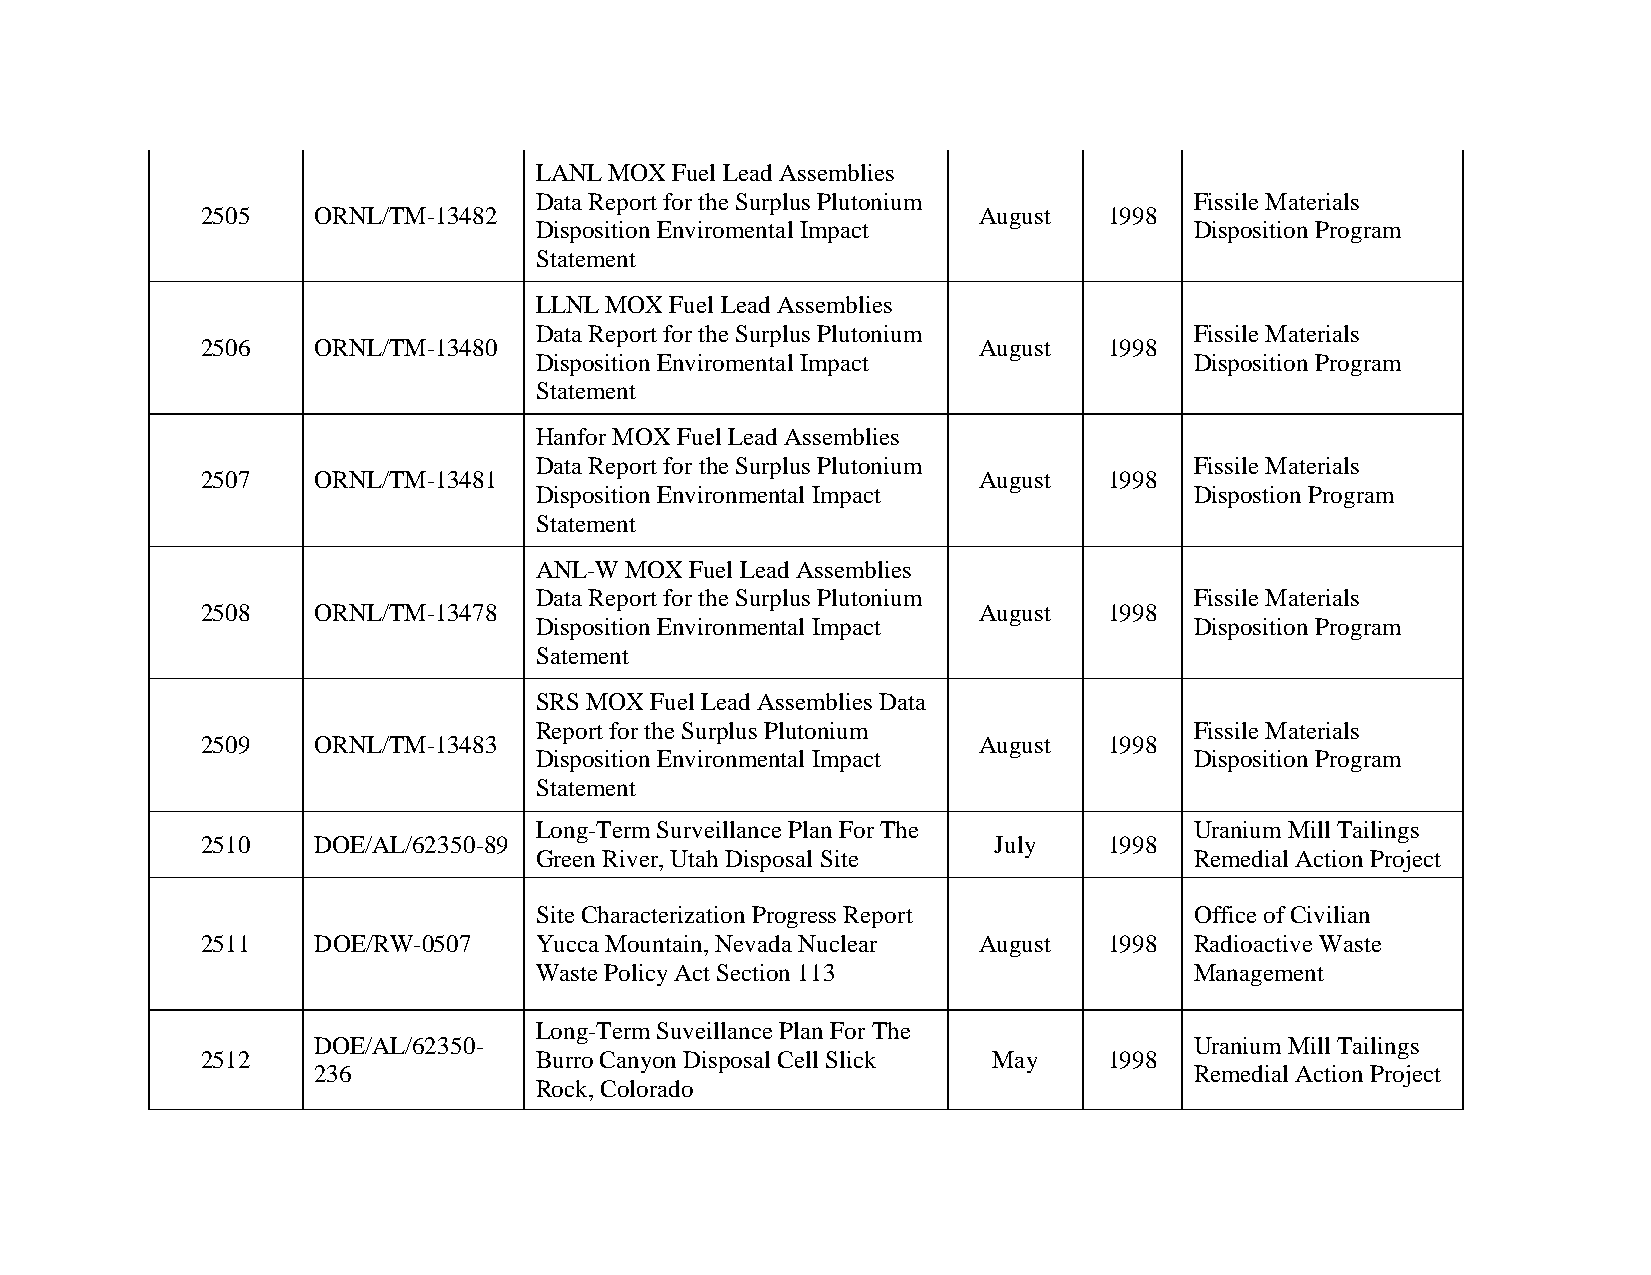
LANL MOX  Fuel Lead Assemblies
 Data Report for the Surplus Plutonium       Fissile Materials
 2505    ORNL/TM-13482                               August  1998
 Disposition Enviromental Impact             Disposition Program
 Statement
 LLNL MOX Fuel Lead Assemblies
 Data Report for the Surplus Plutonium       Fissile Materials
 2506    ORNL/TM-13480                               August  1998
 Disposition Enviromental Impact             Disposition Program
 Statement
 Hanfor MOX Fuel Lead Assemblies
 Data Report for the Surplus Plutonium       Fissile Materials
 2507    ORNL/TM-13481                               August  1998
 Disposition Environmental Impact            Dispostion Program
 Statement
 ANL-W MOX  Fuel Lead Assemblies
 Data Report for the Surplus Plutonium       Fissile Materials
 2508    ORNL/TM-13478                               August  1998
 Disposition Environmental Impact            Disposition Program
 Satement
 SRS MOX Fuel Lead Assemblies Data
 Report for the Surplus Plutonium            Fissile Materials
 2509    ORNL/TM-13483                               August  1998
 Disposition Environmental Impact            Disposition Program
 Statement
 Long-Term Surveillance Plan For The         Uranium Mill Tailings
 2510    DOE/AL/62350-89                              July   1998
 Green River, Utah Disposal Site             Remedial Action Project
 Site Characterization Progress Report       Office of Civilian
 2511    DOE/RW-0507   Yucca Mountain, Nevada Nuclear August 1998  Radioactive Waste
 Waste Policy Act Section 113                Management
 Long-Term Suveillance Plan For The
 DOE/AL/62350-                                             Uranium Mill Tailings
 2512                  Burro Canyon Disposal Cell Slick May  1998
 236                                                       Remedial Action Project
 Rock, Colorado